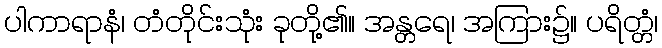
ပါကာရာနံ၊ တံတိုင်းသုံး ခုတို့၏။ အန္တရေ၊ အကြား၌။ ပရိတ္တံ၊